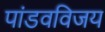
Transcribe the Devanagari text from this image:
पांडवविजय